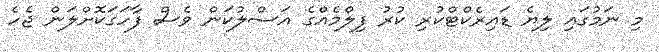
މި ނަމުގައި ލިޔެ ޑައިރެކްޓްކުރި ކުރު ފިލްމެއްގެ އަސްލުކަން ވެސް ފާހަގަކޮށްލަން ޖެހެ